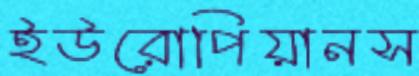
ইউরোপিয়ানস